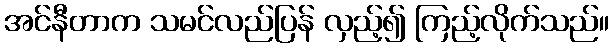
အင်နီတာက သမင်လည်ပြန် လှည့်၍ ကြည့်လိုက်သည်။